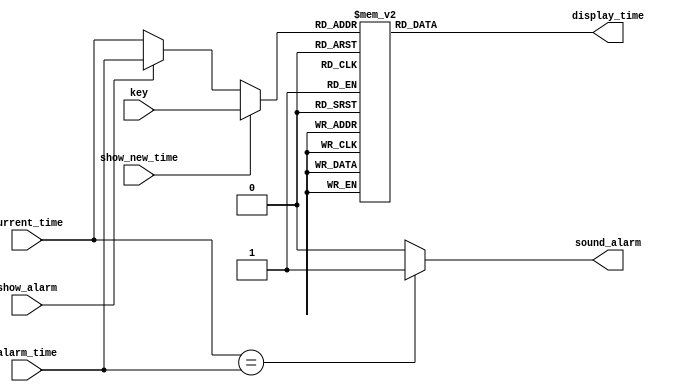
module lcd_driver (alarm_time,
                   current_time,
                   show_alarm,
                   show_new_time,
                   key,display_time,
                   sound_alarm);

input [3:0] key;
input [3:0]alarm_time;
input [3:0]current_time;
input show_alarm;
input show_new_time;


output reg [7:0]display_time;
output reg sound_alarm;



reg [3:0]display_value ;



parameter ZERO   = 8'h30;
parameter ONE    = 8'h31;
parameter TWO    = 8'h32;
parameter THREE  = 8'h33;
parameter FOUR   = 8'h34;
parameter FIVE   = 8'h35;
parameter SIX    = 8'h36;
parameter SEVEN  = 8'h37;
parameter EIGHT  = 8'h38;
parameter NINE   = 8'h39;
parameter ERROR  = 8'h3A;


always @ (display_value)
  begin
    case (display_value)
          4'd0 : display_time = ZERO;
          4'd1 : display_time = ONE;
          4'd2 : display_time = TWO;
          4'd3 : display_time = THREE;
          4'd4 : display_time = FOUR;
          4'd5 : display_time = FIVE;
          4'd6 : display_time = SIX;
          4'd7 : display_time = SEVEN;
          4'd8 : display_time = EIGHT;
          4'd9 : display_time = NINE;
       default : display_time = ERROR;
     endcase
   end 
 

always @ (alarm_time or current_time or show_alarm or show_new_time or key)
  begin
    
    if (show_new_time)
        display_value = key;
    else if (show_alarm)
        display_value = alarm_time;
    else
        display_value = current_time;
   
    if (current_time == alarm_time)
         sound_alarm = 1'b1;
    else
	 sound_alarm = 1'b0;    
  end


endmodule